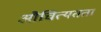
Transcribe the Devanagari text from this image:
औचित्यतता